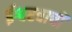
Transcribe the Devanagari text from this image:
ईश्वरवाची